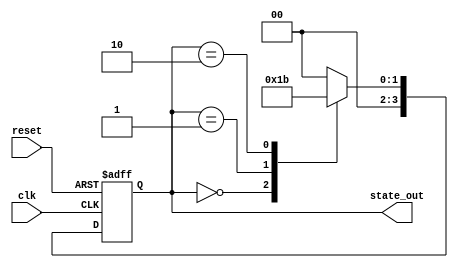
module StateInitialization(
    input wire clk,              // Clock signal
    input wire reset,            // Active-high reset signal
    output reg [3:0] state_out   // 4-bit state output
);

// Internal states
reg [3:0] state;               // Internal state register

// Predefined state values
localparam INITIAL_STATE = 4'b0000; // Initial state value
localparam STATE_1 = 4'b0001;        // Example state value
localparam STATE_2 = 4'b0010;        // Example state value
localparam STATE_3 = 4'b0011;        // Example state value

// State transition logic
always @(posedge clk or posedge reset) begin
    if (reset) begin
        // On reset, initialize the state to the predefined initial state
        state <= INITIAL_STATE;
    end else begin
        // State transition logic (example)
        case (state)
            INITIAL_STATE: state <= STATE_1; // Transition to STATE_1
            STATE_1: state <= STATE_2;        // Transition to STATE_2
            STATE_2: state <= STATE_3;        // Transition to STATE_3
            STATE_3: state <= INITIAL_STATE;  // Transition back to INITIAL_STATE
            default: state <= INITIAL_STATE;  // Default case
        endcase
    end
end

// Assign the internal state to the output
always @(*) begin
    state_out = state; // Drive the output with the internal state
end

endmodule